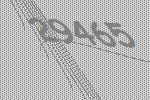
29465